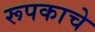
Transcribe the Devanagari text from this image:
रूपकाचे